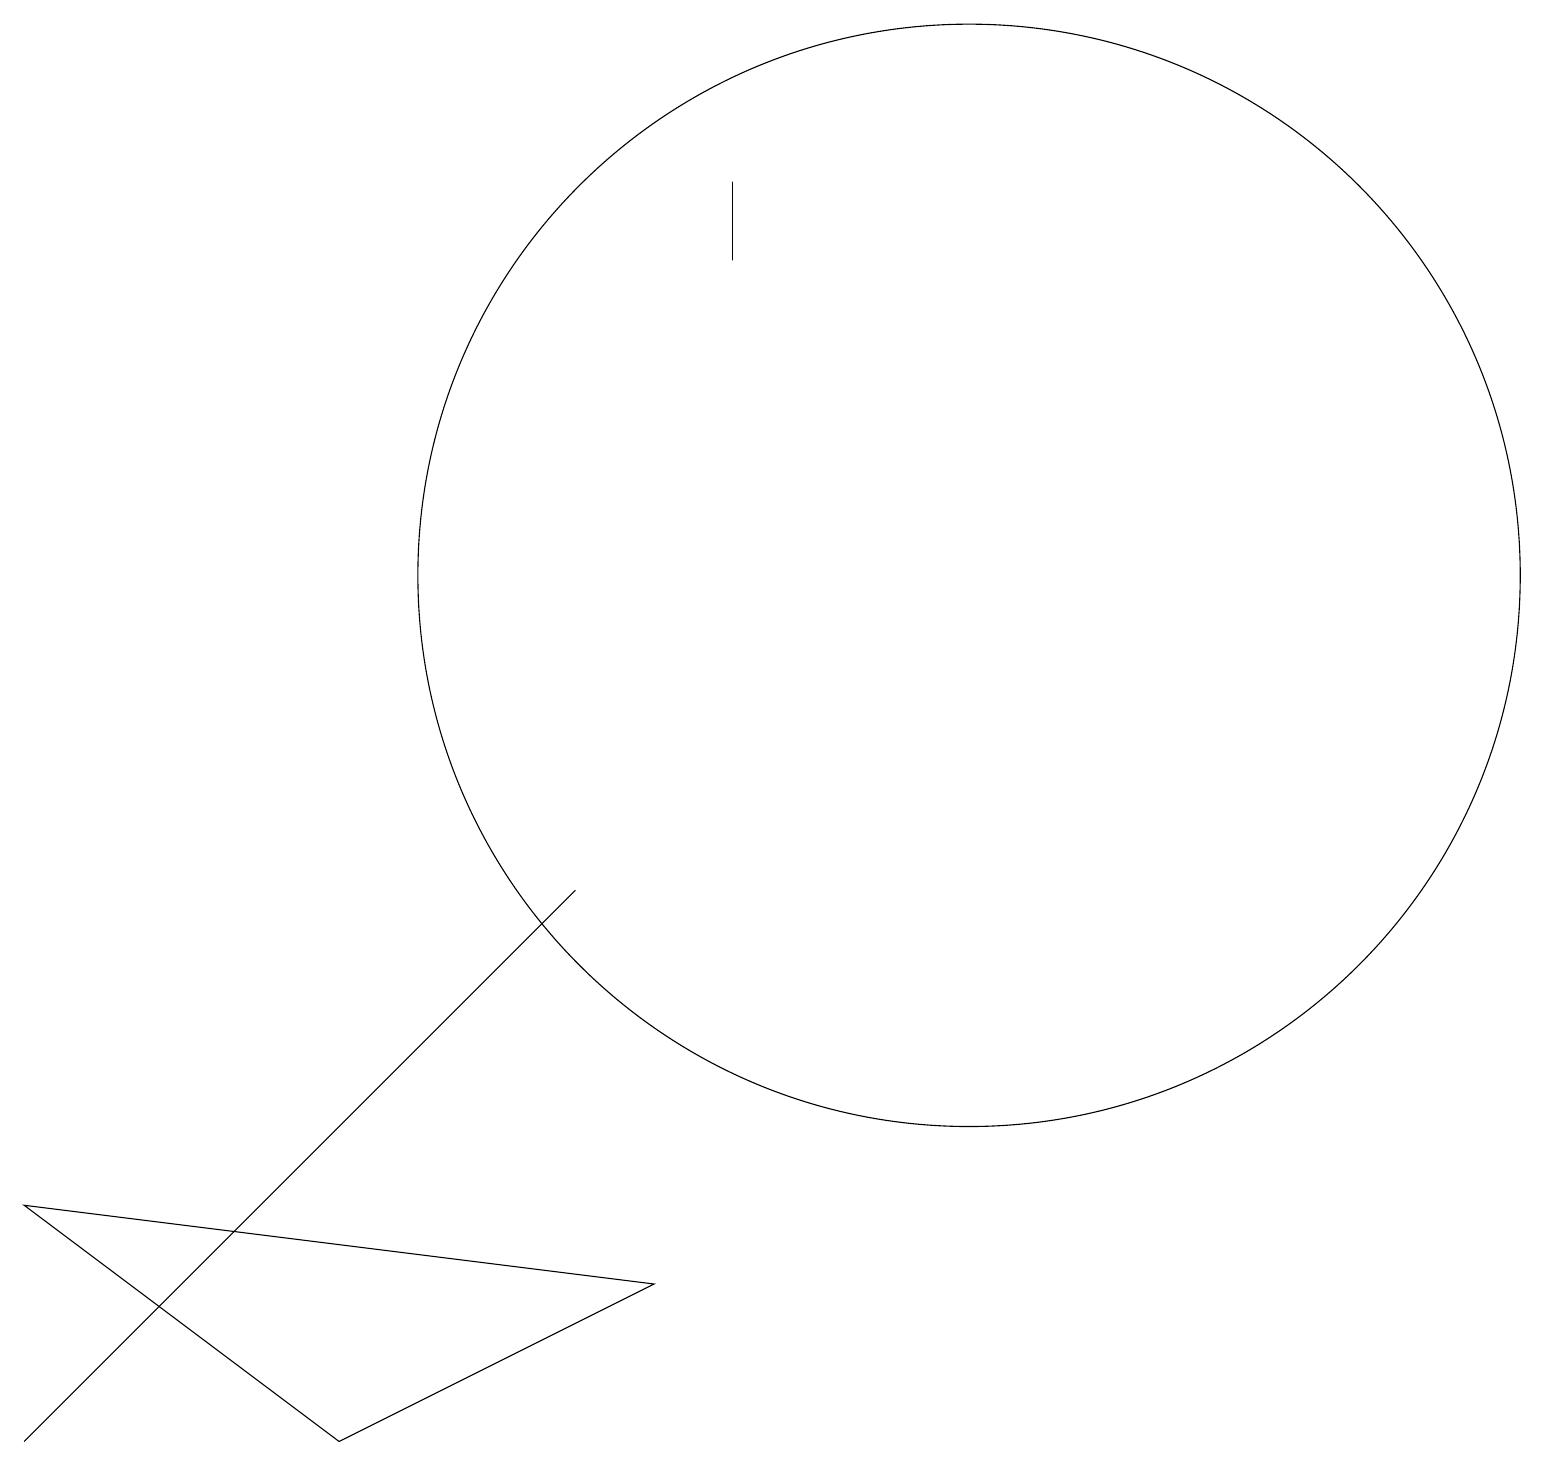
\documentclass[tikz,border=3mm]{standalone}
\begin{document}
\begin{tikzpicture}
\draw (4,1) -- (8,3) -- (0,4) -- cycle;
\draw (9,17) rectangle (9,16);
\draw (0,1) -- (6,7) -- (7,8) -- cycle;
\draw (12,12) circle (7);
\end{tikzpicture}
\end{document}